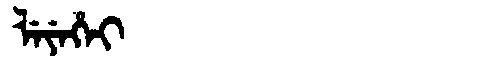
Manchu: ᠯᡝᠶᡝᡥᡝᡳ
Romanization: LEYEHEI